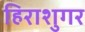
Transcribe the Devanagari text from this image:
हिराशुगर